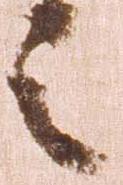
令